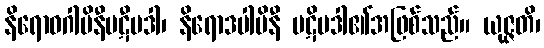
နိရောဓဂါမိနီပဋီပဒါ၊ နိရောဒပါမိနီ ပဋိပဒါ၏အဖြစ်သည်။ ယုဇ္ဇတိ၊